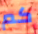
كم